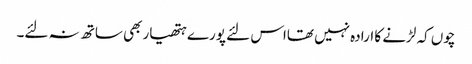
چوں کہ لڑنے کا ارادہ نہیں تھااس لئے پورے ہتھیار بھی ساتھ نہ لئے۔